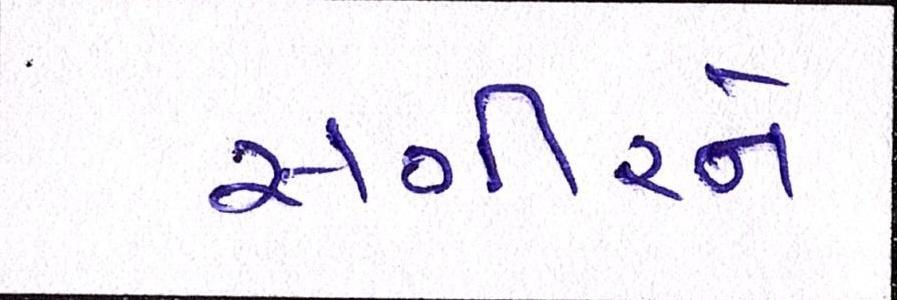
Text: સગીરને